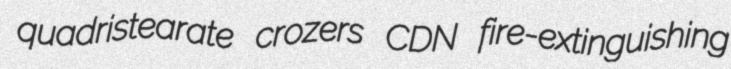
quadristearate crozers CDN fire-extinguishing